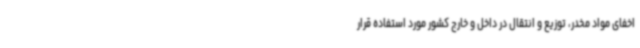
اخفای مواد مخدر، توزیع و انتقال در داخل و خارج کشور مورد استفاده قرار